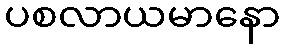
ပစလာယမာနော